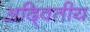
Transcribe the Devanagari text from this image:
अदि्वतीय